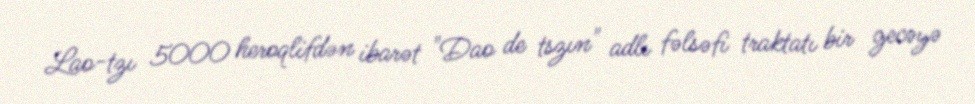
Lao-tzı 5000 heroqlifdən ibarət "Dao de tszın" adlı fəlsəfi traktatı bir gecəyə